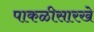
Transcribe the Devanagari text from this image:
पाकळीसारखे